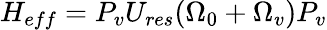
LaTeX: \begin{array}{r}{H_{eff}=P_{v}U_{res}(\Omega_{0}+\Omega_{v})P_{v}}\end{array}